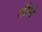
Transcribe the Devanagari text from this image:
जींसो